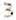
3